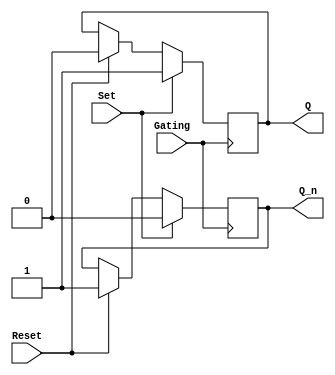
module Gated_SR_FF (
    input Set,
    input Reset,
    input Gating,
    output reg Q,
    output reg Q_n
);
    
always @ (posedge Gating) begin
    if (Gating) begin
        if (Set) begin
            Q <= 1;
            Q_n <= 0;
        end else if (Reset) begin
            Q <= 0;
            Q_n <= 1;
        end
    end
end

endmodule